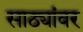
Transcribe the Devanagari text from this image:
साठ्यांवर